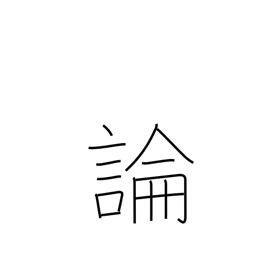
Meaning: argument